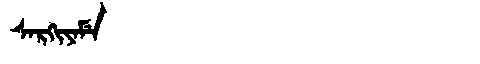
Manchu: ᠰᠠᡵᡴᡳᠶᠠᠮᡝ
Romanization: SARKIYAME